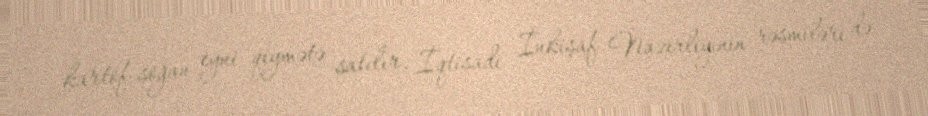
kartof-soğan eyni qiymətə satılır, İqtisadi İnkişaf Nazirliyinin rəsmiləri də